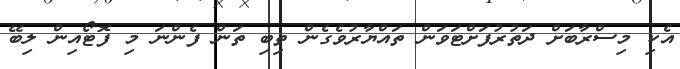
އެކި މިސްރާބަށް ދަތުރުފަށްޓަވަން ތައްޔާރުވެގެން ތިބި ތަން ފެންނަ މި ފޮޓޯއިން ލިބޭ